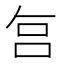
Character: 𠰞